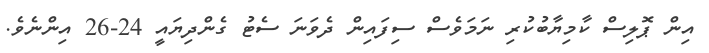
އިން ޕޮލިސް ކާމިޔާބުކުރި ނަމަވެސް ސިފައިން ދެވަނަ ސެޓު ގެންދިޔައީ 24-26 އިންނެވެ.